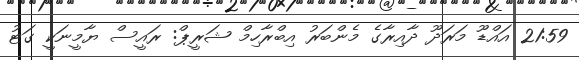
21:59 އައްޑޫ މަރަދޫ ދާއިރާގެ މެންބަރު އިބްރާހިމް ޝަރީޕް: ރައީސް ޔާމީނަކީ ގަޓު